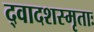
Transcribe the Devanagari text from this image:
द्वादशस्मृताः